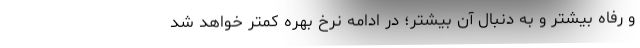
و رفاه بیشتر و به دنبال آن بیشتر؛ در ادامه نرخ بهره کمتر خواهد شد